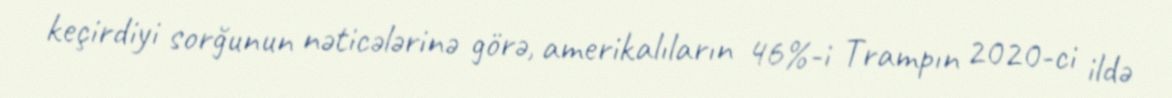
keçirdiyi sorğunun nəticələrinə görə, amerikalıların 46%-i Trampın 2020-ci ildə